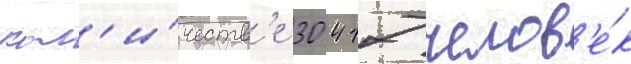
кол'и́честв'е 30 417 челов'е́к